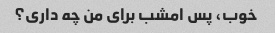
خوب، پس امشب برای من چه داری؟